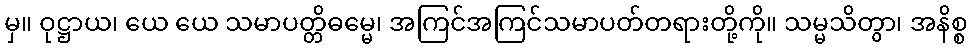
မှ။ ဝုဋ္ဌာယ၊ ယေ ယေ သမာပတ္တိဓမ္မေ၊ အကြင်အကြင်သမာပတ်တရားတို့ကို။ သမ္မသိတွာ၊ အနိစ္စ